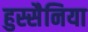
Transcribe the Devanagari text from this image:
हुस्सैनिया